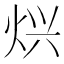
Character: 𱫄